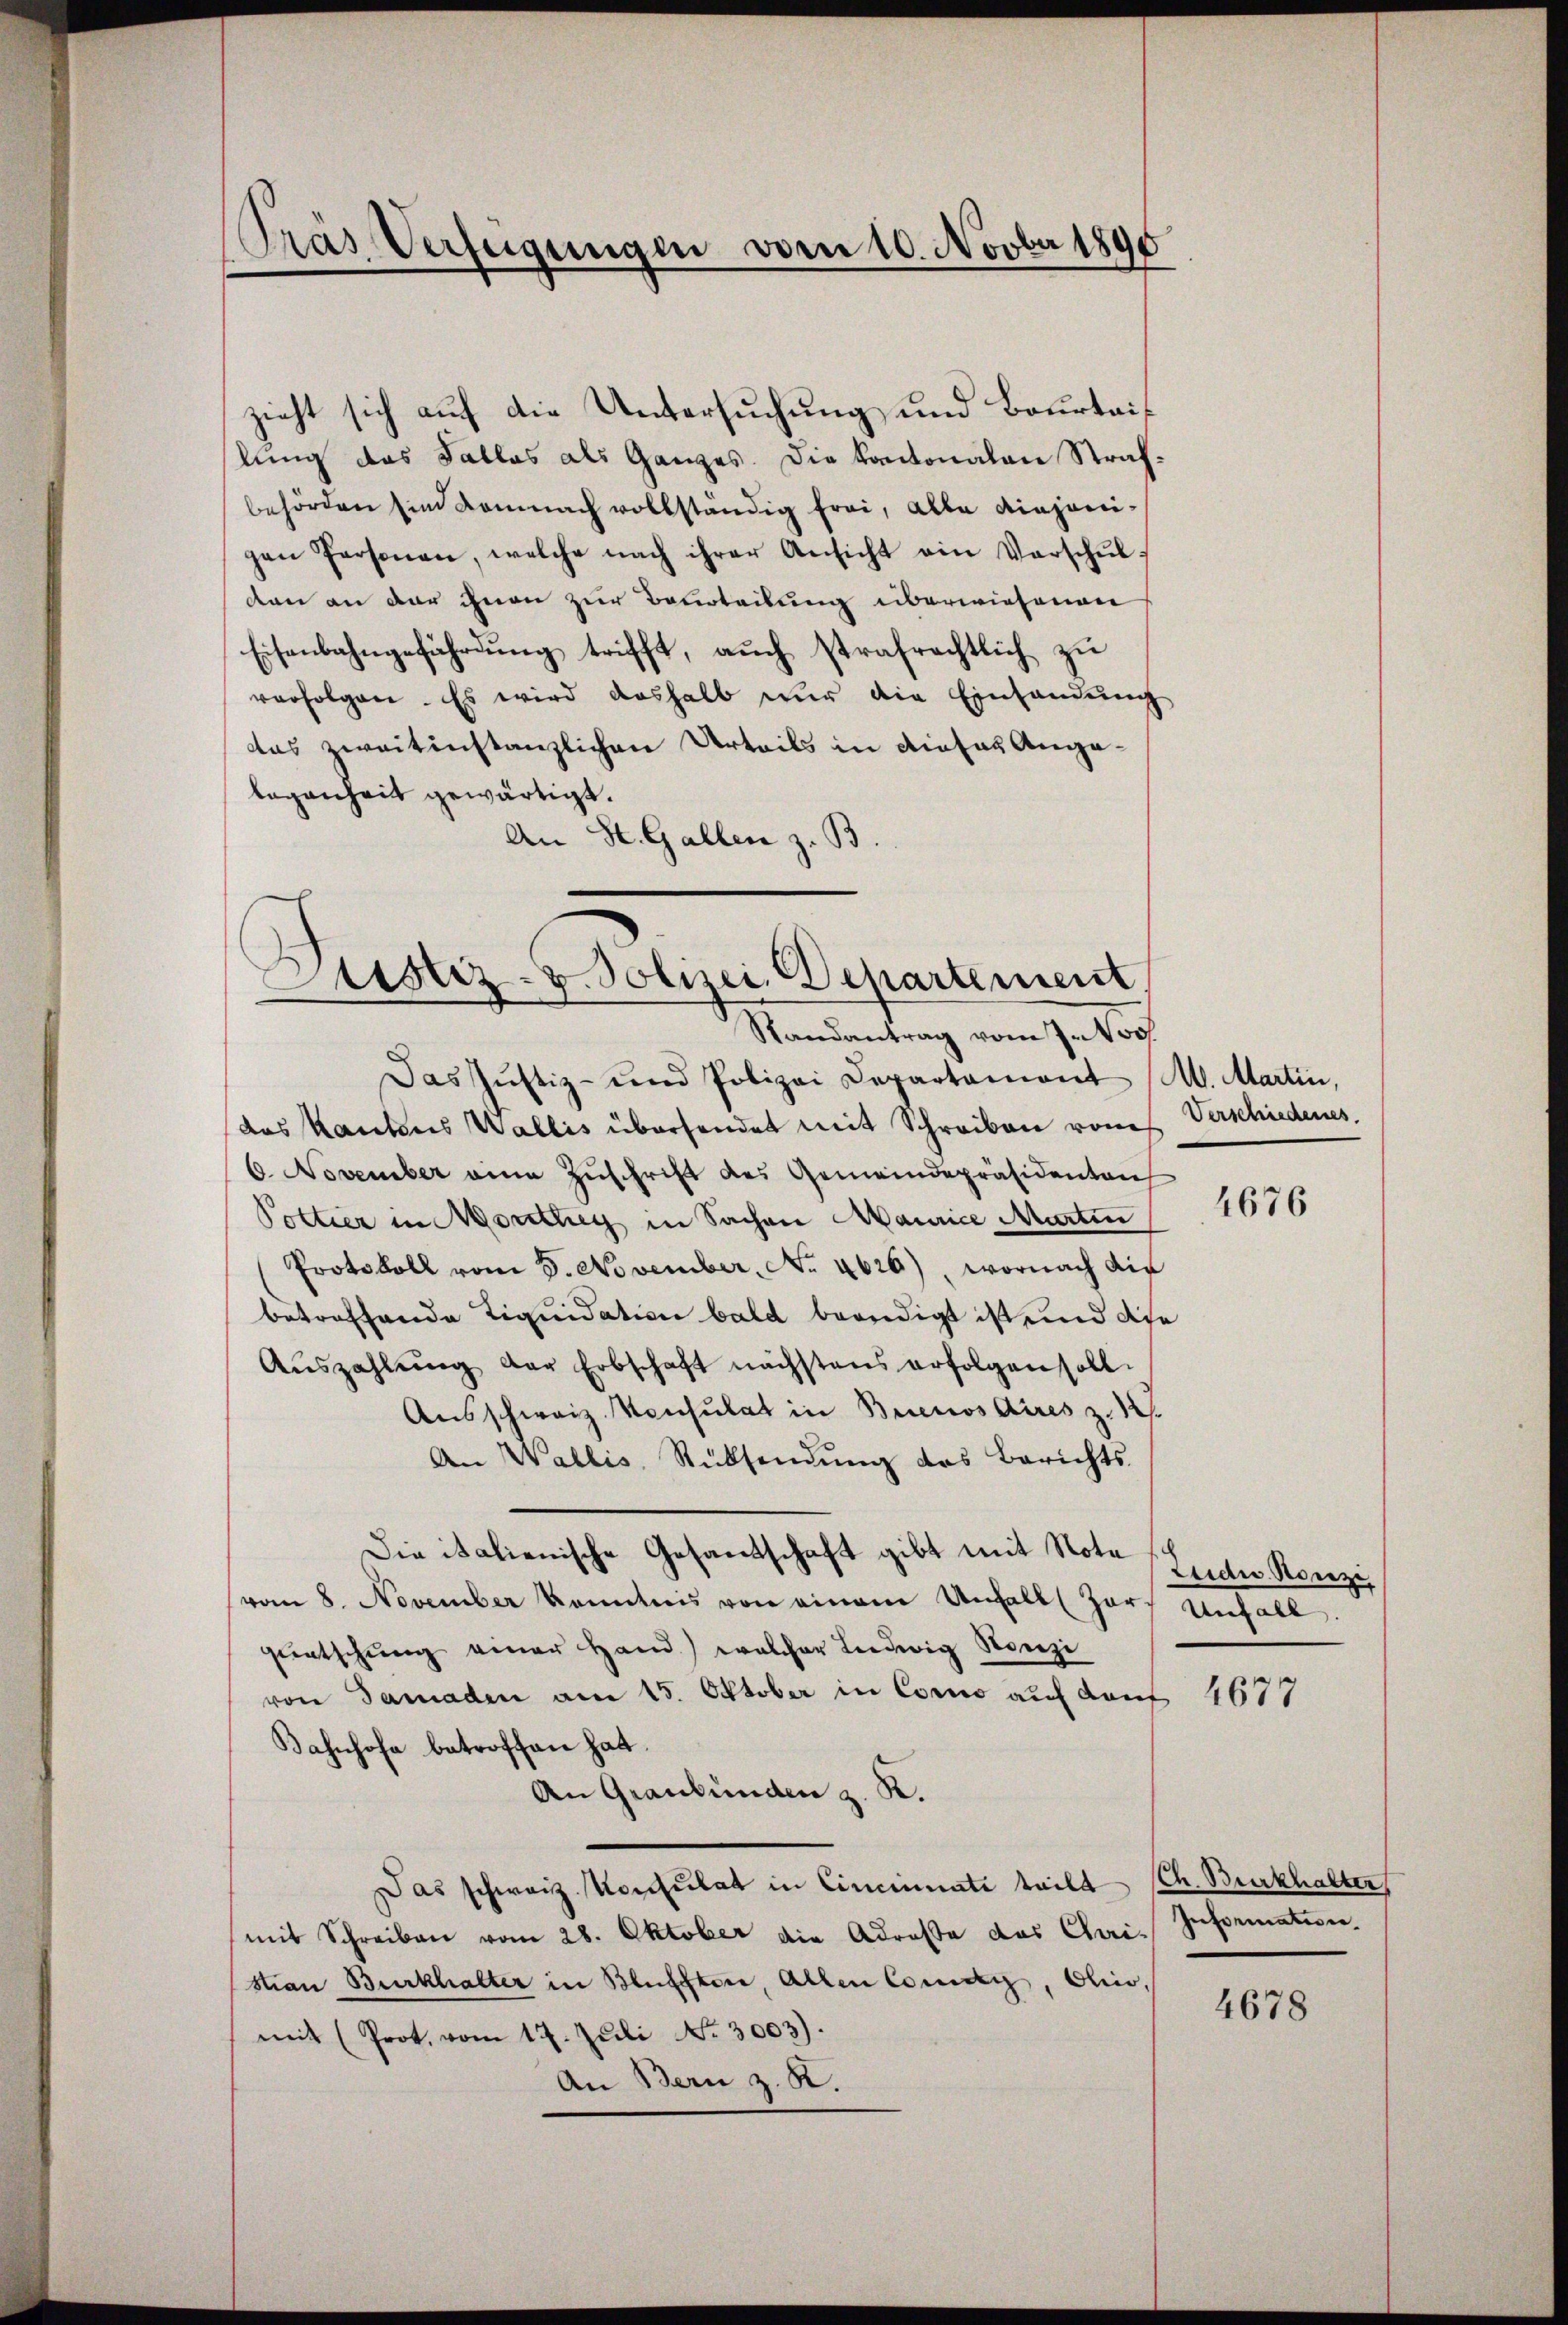
Pras Verfügungen vom 10. Novber 1890

zieht sich auf die Untersuchung und Bourtailung des Falles als Ganzes. Die Kantonalen Strafbehörden sind demnach vollständig frei, alle ainzonigan Personen, welche nach ihrer Ansicht ein Verschŭl-
den an der ihnen zur Beurteilung überwiesenen
Eisenbahngefährdung trifft, auch strafrechtlich zu
verfolgen. Es wird deshalb nŭr die Einhandŭng
das zweitinstanzlichen Urteils in dieses Angalegenheit gewärtigt.
An St. Gallen z. B.

Justiz- & Polizei. Departement
Randantrag vom 7. Nov.
Das Justiz- und Polizei Departamont M. Martin,

Die italienische Gesandschaft gibt mit Nota¬

das Kantons Wallis übersendet mit Schreiben von Verschiedenes.
6. November eine Zŭschrift des Gemeindepräsidenten
Pottier in Monthey in Sachen Maurice Martin
Protokoll vom 5. November, No. 4626), wornach die
betreffende Liquidation bald beendigt ist und die
Aŭszahlŭng der Erbschaft nächstens erfolgen soll.
Ausschweiz. Konsulat in Buenos Aires z. 12.
An Wallis, Rücksendŭng das Berichts-
vom 8. November kanntnis von einem Unfalls Zar-
gentschŭng einer Hand) welcher Ludwig Nonzi
von Damaden am 15. Oktober in Como auf Kauf 4677
Bahnhofe betroffen hat.
An Graubünden z. R.
Das schweiz. Konsulat in Cincinate teilt (Ch. Burkhalter
mit Schreiben vom 28. Oktober die Adresse das Cai-
stian Burkhalter in Blüffter, Allen Conci, Ohio,
mit (Prot. vom 17. Juli No. 3003).
An Bern z. K.

4676

Zudie Konzi
Unfall.

Informatione.

4678